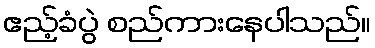
ဧည့်ခံပွဲ စည်ကားနေပါသည်။